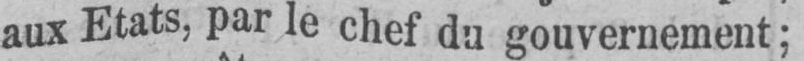
aux Etats, par le chef du gouvernement;